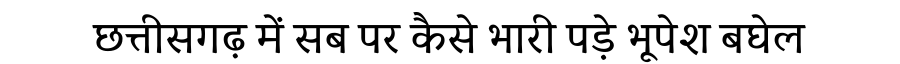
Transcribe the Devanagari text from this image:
छत्तीसगढ़ में सब पर कैसे भारी पड़े भूपेश बघेल